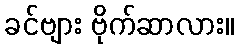
ခင်ဗျား ဗိုက်ဆာလား။